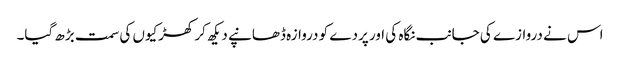
اس نے دروازے کی جانب نگاہ کی اور پردے کو دروازہ ڈھانپے دیکھ کر کھڑکیوں کی سمت بڑھ گیا۔